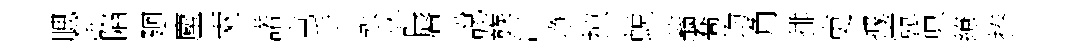
腮赳陷廻麈兩諾屯手永診唇說蔟汴琤掠蜕蓊喬均角排吏據霓眞繚捧